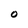
Character: 0